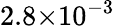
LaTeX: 2.8{\times}10^{-3}